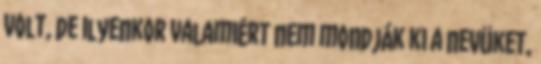
volt, de ilyenkor valamiért nem mondják ki a nevüket,